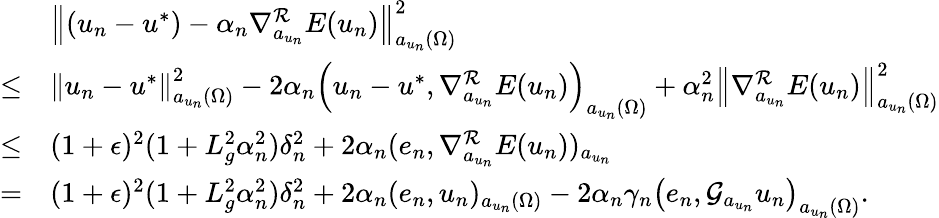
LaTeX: \begin{array}{rl}&{\left\Vert(u_{n}-u^{*})-\alpha_{n}\nabla_{a_{u_{n}}}^{\mathcal{R}}E(u_{n})\right\Vert_{a_{u_{n}}(\Omega)}^{2}}\\ {\leq}&{\left\Vert u_{n}-u^{*}\right\Vert_{a_{u_{n}}(\Omega)}^{2}-2\alpha_{n}\left(u_{n}-u^{*},\nabla_{a_{u_{n}}}^{\mathcal{R}}E(u_{n})\right)_{a_{u_{n}}(\Omega)}+\alpha_{n}^{2}\left\Vert\nabla_{a_{u_{n}}}^{\mathcal{R}}E(u_{n})\right\Vert_{a_{u_{n}}(\Omega)}^{2}}\\ {\leq}&{(1+\epsilon)^{2}(1+L_{g}^{2}\alpha_{n}^{2})\delta_{n}^{2}+2\alpha_{n}(e_{n},\nabla_{a_{u_{n}}}^{\mathcal{R}}E(u_{n}))_{a_{u_{n}}}}\\ {=}&{(1+\epsilon)^{2}(1+L_{g}^{2}\alpha_{n}^{2})\delta_{n}^{2}+2\alpha_{n}(e_{n},u_{n})_{a_{u_{n}}(\Omega)}-2\alpha_{n}\gamma_{n}\left(e_{n},\mathcal{G}_{a_{u_{n}}}u_{n}\right)_{a_{u_{n}}(\Omega)}.}\end{array}